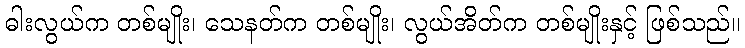
ဓါးလွယ်က တစ်မျိုး၊ သေနတ်က တစ်မျိုး၊ လွယ်အိတ်က တစ်မျိုးနှင့် ဖြစ်သည်။